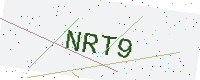
Text: NRT9